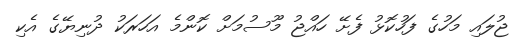
ޖުލައި މަހުގެ ފަހުކޮޅު ފެށޭ ހައްޖު މޫސުމަށް ކޮންމެ އަހަރަކު ދުނިޔޭގެ އެކި